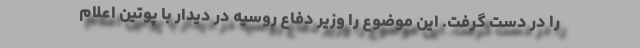
را در دست گرفت. این موضوع را وزیر دفاع روسیه در دیدار با پوتین اعلام